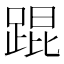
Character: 𬦸